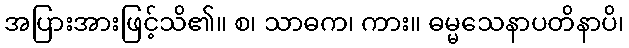
အပြားအားဖြင့်သိ၏။ စ၊ သာဓက၊ ကား။ ဓမ္မသေနာပတိနာပိ၊